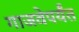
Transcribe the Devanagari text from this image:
गाजवेपर्यंत